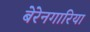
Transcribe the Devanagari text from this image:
बेरेनगारिया